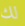
لك